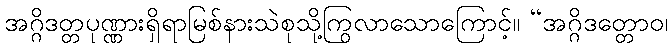
အဂ္ဂိဒတ္တပုဏ္ဏားရှိရာမြစ်နားသဲစုသို့ကြွလာသောကြောင့်။ “အဂ္ဂိဒတ္တောဝ၊